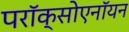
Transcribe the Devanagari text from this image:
परॉक्सोएनॉयन